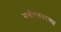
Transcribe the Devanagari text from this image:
मनोगतवरच्या